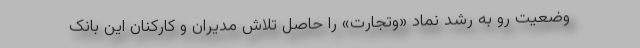
وضعیت رو به رشد نماد «وتجارت» را حاصل تلاش مدیران و کارکنان این بانک